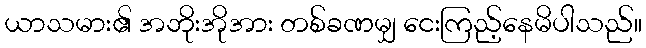
ယာသမား၏ အဘိုးအိုအား တစ်ခဏမျှ ငေးကြည့်နေမိပါသည်။